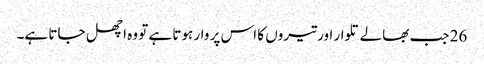
26 جب بھالے تلوار اور تیروں کا اس پر وار ہوتا ہے تو وہ اچھل جاتا ہے۔